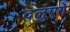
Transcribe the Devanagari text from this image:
दलुएगे